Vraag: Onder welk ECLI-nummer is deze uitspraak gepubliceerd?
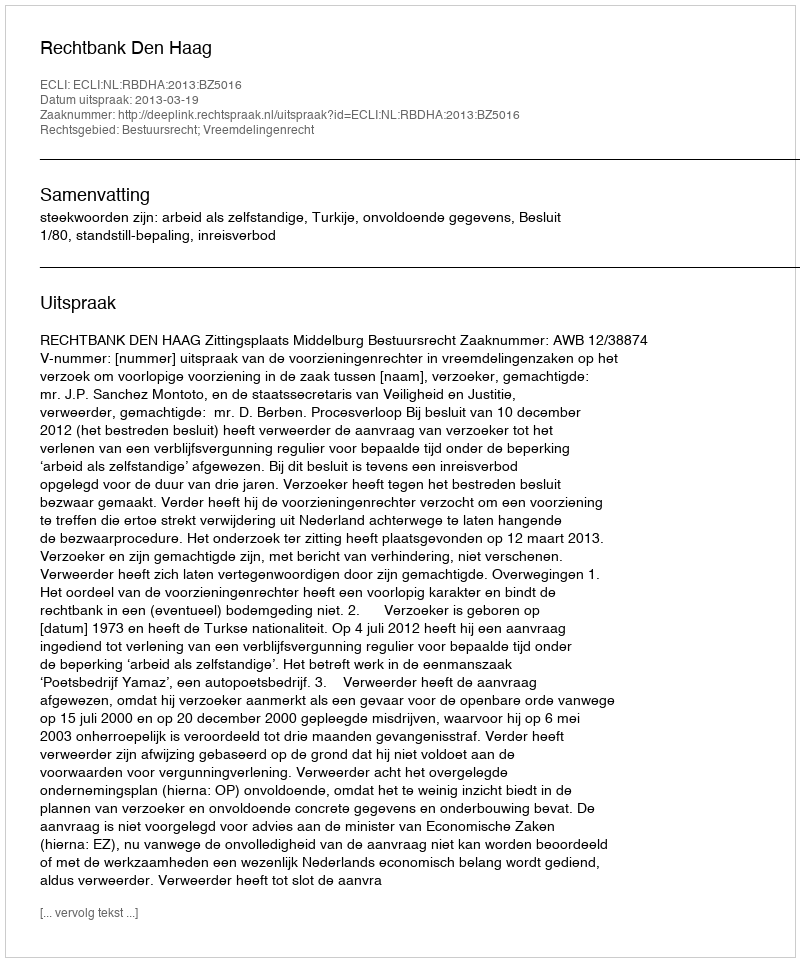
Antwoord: ECLI:NL:RBDHA:2013:BZ5016